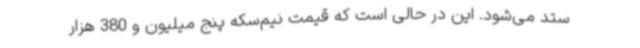
ستد می‌شود. این در حالی است که قیمت نیم‌سکه پنج میلیون و 380 هزار